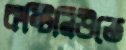
কন্টিনিউতে